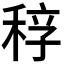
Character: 𥟆